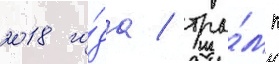
2018 го́да / тра́мп